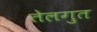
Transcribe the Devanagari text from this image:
तेलगुत